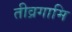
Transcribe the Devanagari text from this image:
तीव्रगामि